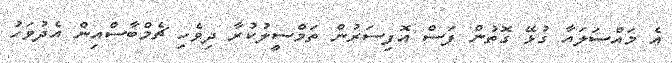
އެ މައްސަލައާ ގުޅޭ ގޮތުން ފަސް އޮފިސަރުން ތަމްސީލުކުރާ ދިވެހި ޗެމްބާސްއިން އެދުވަހު